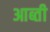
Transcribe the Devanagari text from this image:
आब्ती